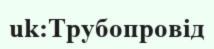
uk:Трубопровід